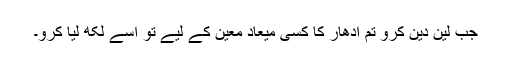
جب لین دین کرو تم اُدھار کا کسی میعادِ معین کے لیے تو اسے لکھ لیا کرو۔